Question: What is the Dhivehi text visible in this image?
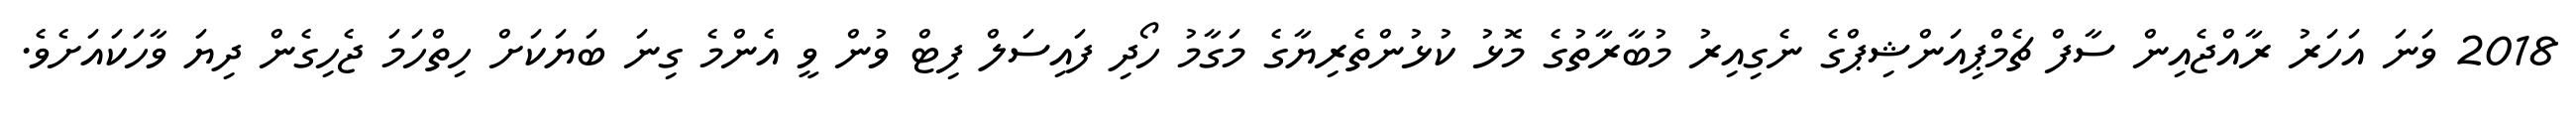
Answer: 2018 ވަނަ އަހަރު ރާއްޖެއިން ސާފް ޗެމްޕިއަންޝިޕްގެ ނެގިއިރު މުބާރާތުގެ މޮޅު ކުޅުންތެރިޔާގެ މަގާމު ހޯދި ފައިސަލް ފިޓް ވުން ވީ އެންމެ ގިނަ ބަޔަކަށް ހިތްހަމަ ޖެހިގެން ދިޔަ ވާހަކައަށެވެ.